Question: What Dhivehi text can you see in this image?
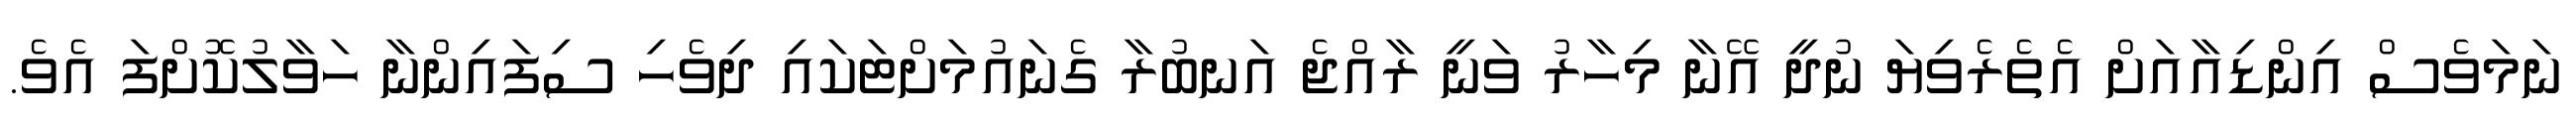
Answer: ނަމަވެސް އިންޑިއާއަށް އެތެރެވިޔަ ނުދީ އޭނާ މިހާރު ވަނީ ރާއްޖެ އަނބުރާ ގެނައުމަށްޓަކައި ދިވެހި ސިފައިންނާ ހަވާލުކޮށްފަ އެވެ.